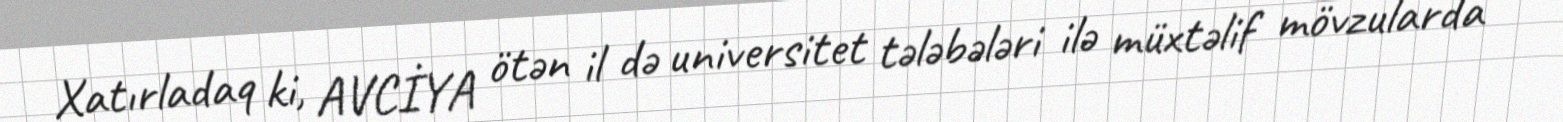
Xatırladaq ki, AVCİYA ötən il də universitet tələbələri ilə müxtəlif mövzularda